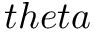
t h e t a